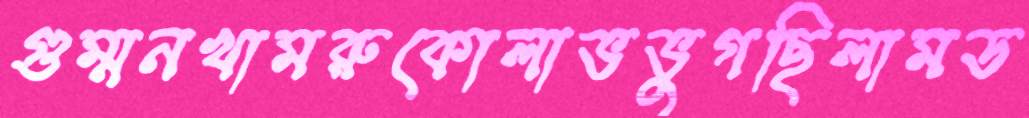
গুম্মনখামরুকোলাভভুগছিলামড